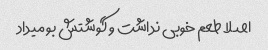
اصلا طعم خوبی نداشت و گوشتش بو میداد